NAE_ERA_R-2362_Emakeele_Selts, lk 49
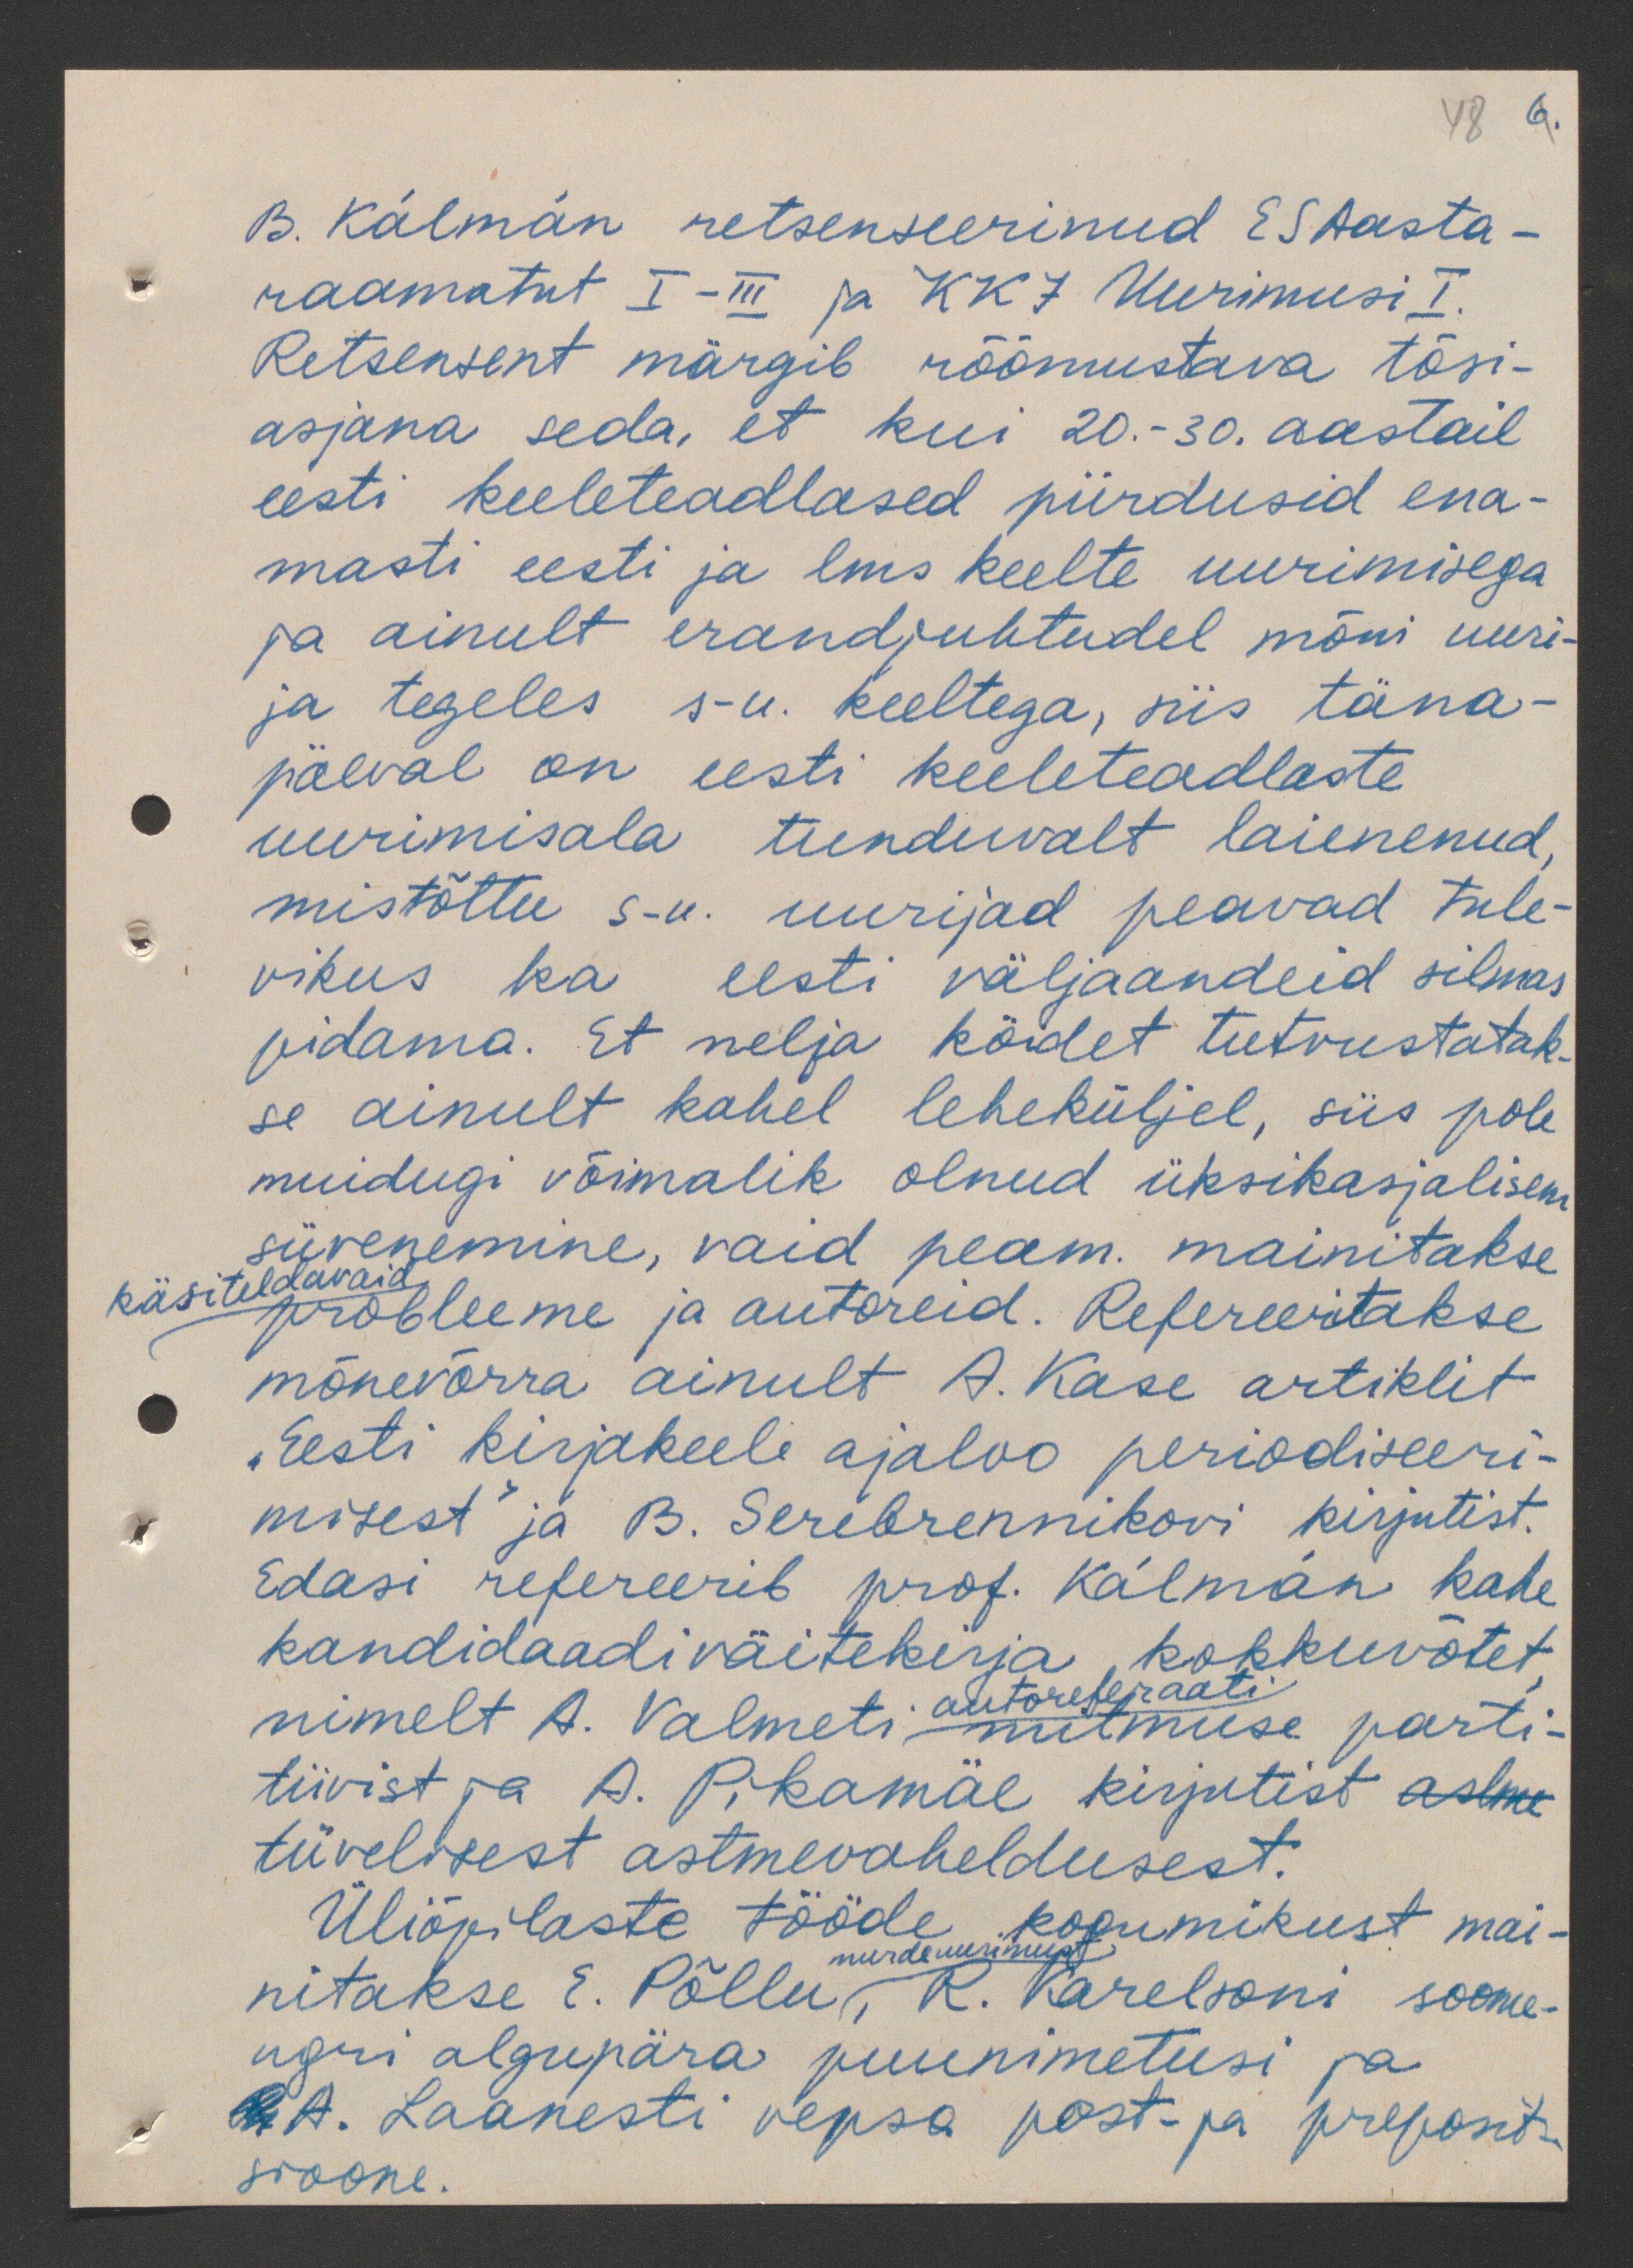
48
B. Kalman retsenseerinud E S aasta-
raamatut I-III ja KKJ Uurimusi I.
Retsensent märgib rõõmustava tõsi-
asjana seda, et kui 20.-30. aastail
eesti keeleteadlased piirdusid ena-
masti eesti ja lms keelte uurimisega
ja ainult erandjuhtudel mõni uuri-
ja tegeles s-u. keeltega, siis täna-
päeval on eesti keeleteadlaste
uurimisala tunduvalt laienenud.
mistõttu s-u. uurijad peavad tule-
vikus ka eesti väljaandeid silmas.
pidama. Et nelja kõidet tutvustatak-
se ainult kahel leheküljel, siis pole
muidugi võimalik olnud üksikasjalisem
süvenemine, vaid peam. mainitakse
käsiteldavaid
probleeme ja autoreid. Refereeritakse
mõnevõrra ainult A. Kase artiklit
"Eesti kirjakeele ajaloo periodiseeri-
misest" ja B. Serebrennikovi kirjutist.
Edasi refereerib prof. Kalman kahe
kandidaadi väitekirja kokkuvõtet
nimelt A. Valmeti mitmuse parti-
autoreferaati
tiivist ja A. Pikamäe kirjutist astme
tüvelisest astmevaheldusest.
Üliõpilaste tööde kogumikust mai-
murdeuurimust
nitakse E. Põllu, R. Karelsoni soome-
ugri algupära puunimetusi ja
Rt A.. Laanesti vepsa post- ja preposit-
sioone.